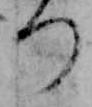
つ